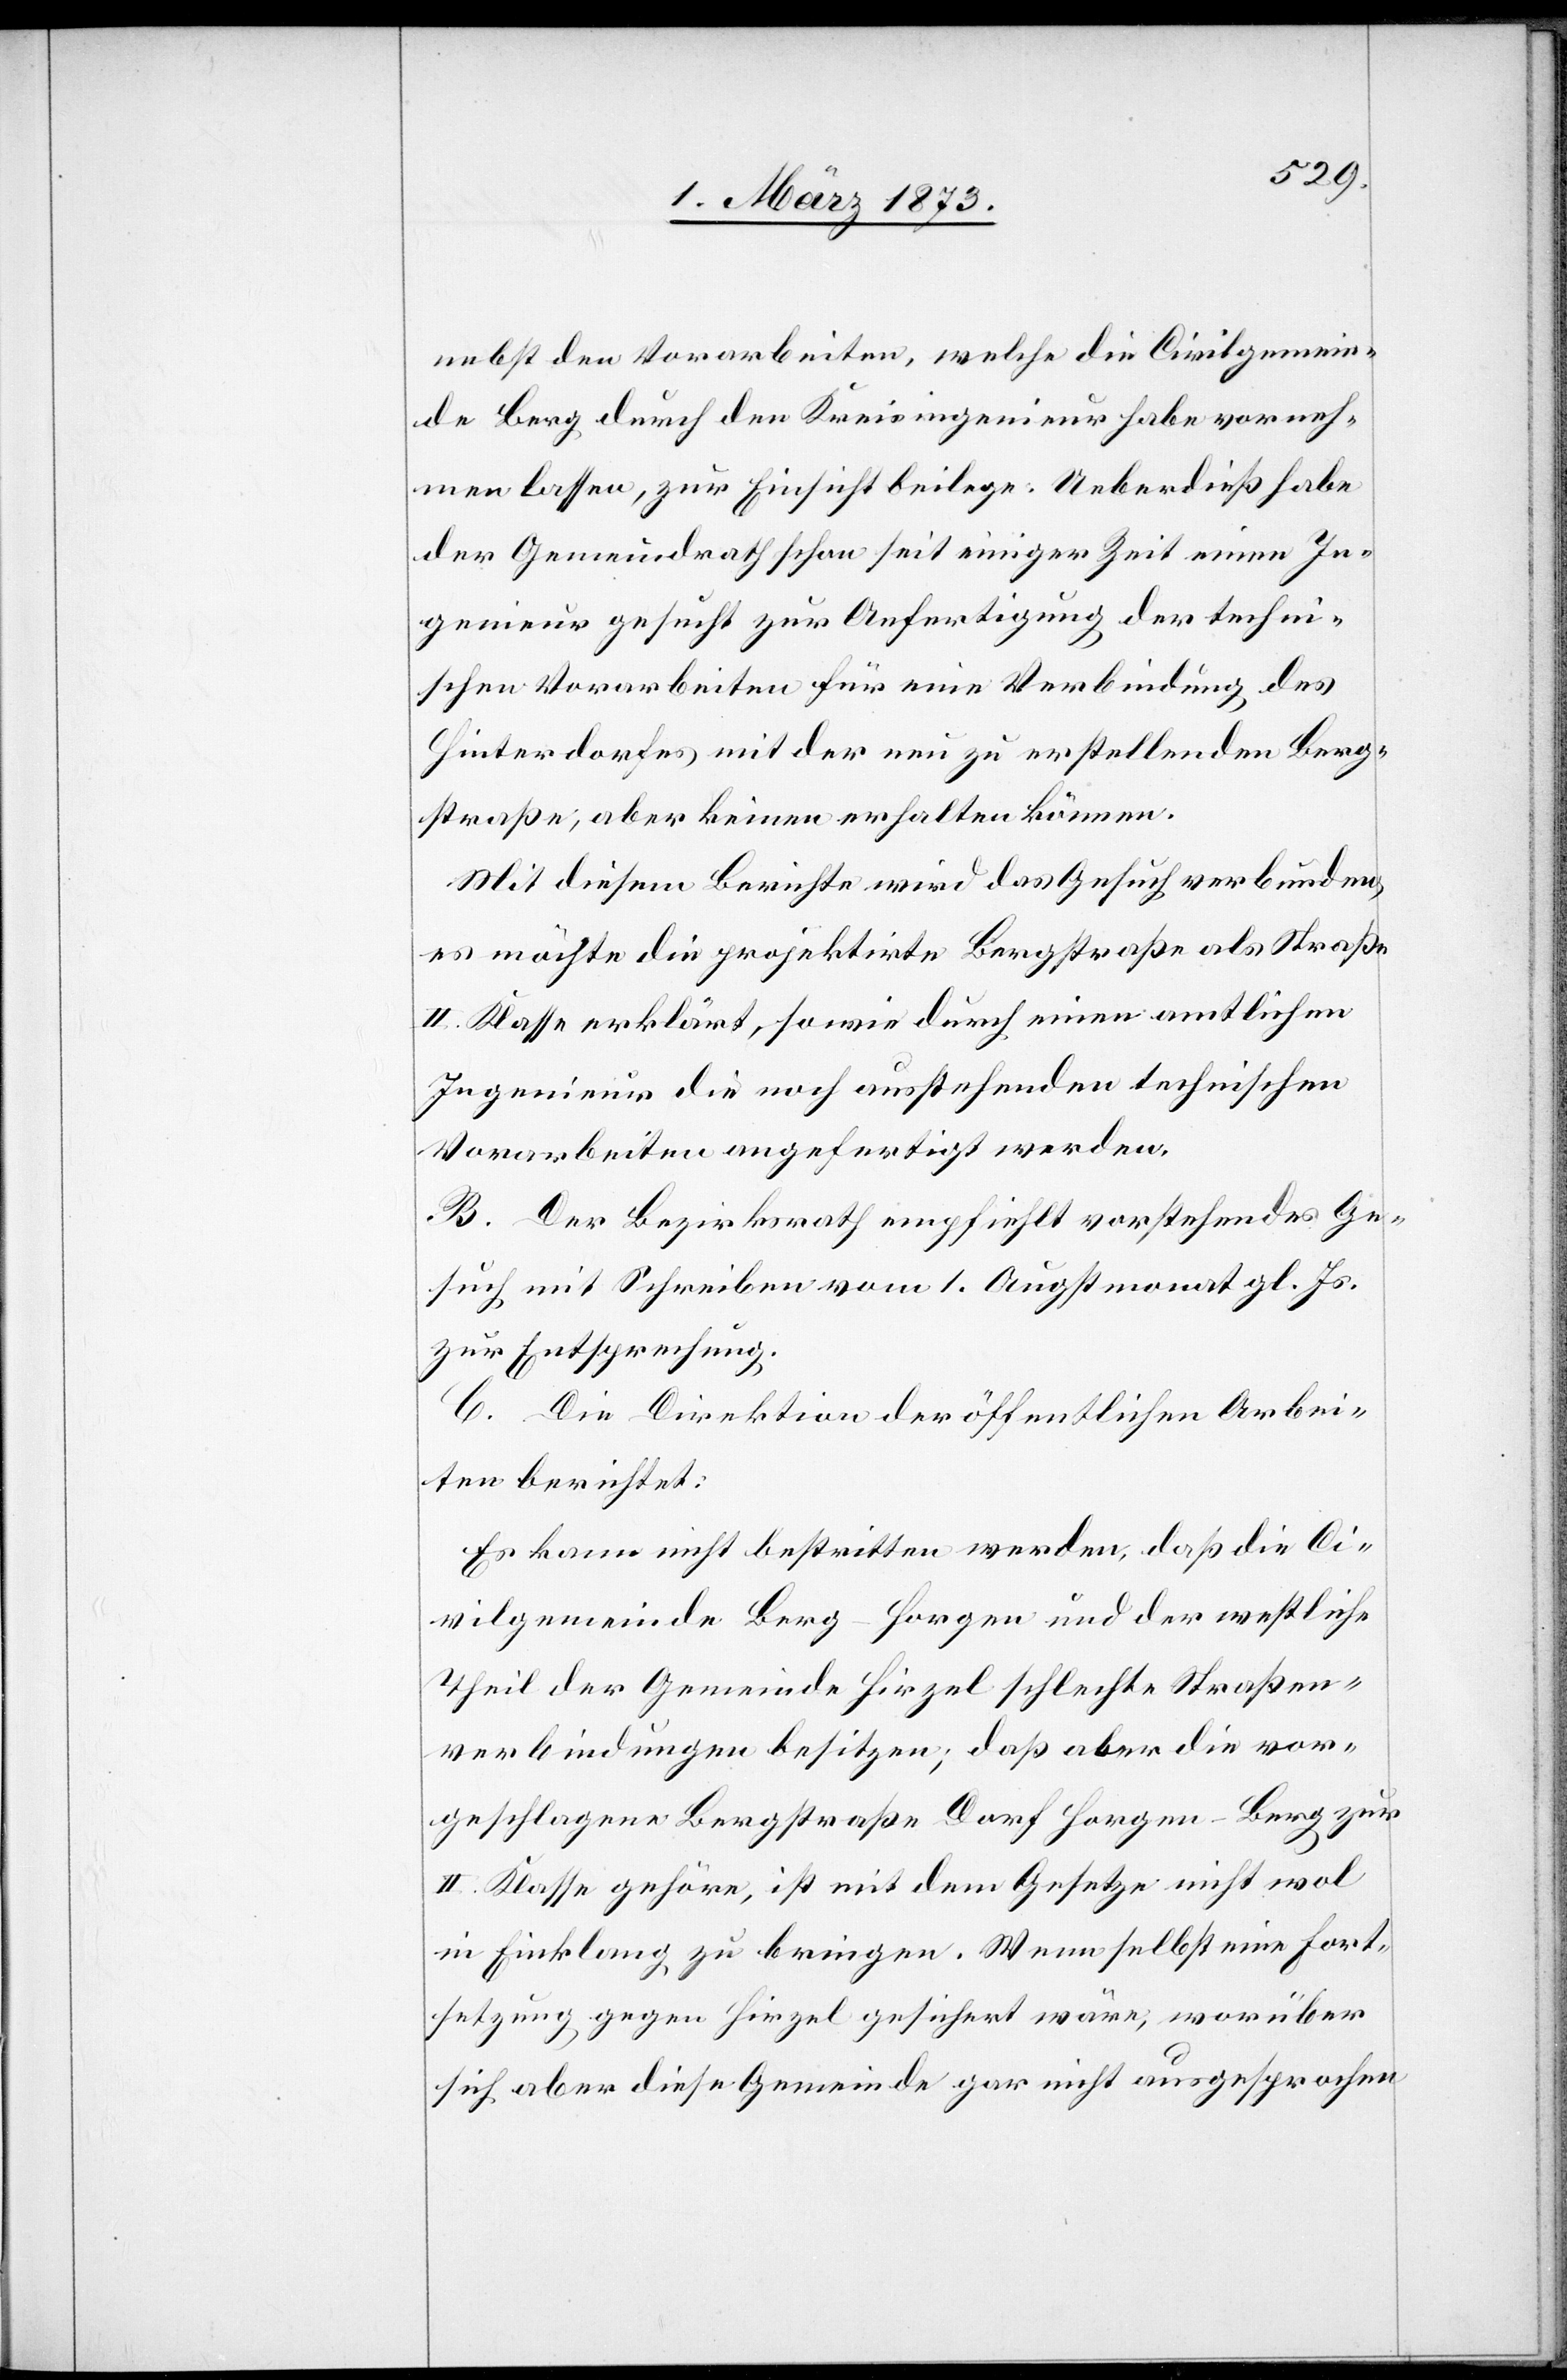
nebst den Vorarbeiten, welche die Civilgemein¬
de Berg durch den Kreisingenieur habe vorneh¬
men lassen, zur Einsicht beilege. Ueberdieß habe
der Gemeindrath schon seit einiger Zeit einen In¬
genieur gesucht zur Anfertigung der techni¬
schen Vorarbeiten für eine Verbindung des
Hinterdorfes mit der neu zu erstellenden Berg¬
straße, aber keinen erhalten können.
Mit diesem Berichte wird das Gesuch verbunden,
es möchte die projektirte Bergstraße als Straße
II. Klasse erklärt, sowie durch einen amtlichen
Ingenieur die noch ausstehenden technischen
Vorarbeiten angefertigt werden.
B. Der Bezirksrath empfiehlt vorstehendes Ge¬
such mit Schreiben vom 1. Augstmonat gl Js.
zur Entsprechung.
C. Die Direktion der öffentlichen Arbei¬
ten berichtet:
Es kann nicht bestritten werden, daß die Ci¬
vilgemeinde Berg-Horgen und der westliche
Theil der Gemeinde Hirzel schlechte Straßen¬
verbindungen besitzen; daß aber die vor¬
geschlagene Bergstraße Dorf Horgen–Berg zur
II. Klasse gehöre, ist mit dem Gesetze nicht wol
in Einklang zu bringen. Wenn selbst eine Fort¬
setzung gegen Hirzel gesichert wäre, worüber
sich aber diese Gemeinde gar nicht ausgesprochen